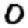
Digit: 0